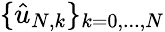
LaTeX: \{ \hat{u}_{N,k}\} _{k=0,...,N}